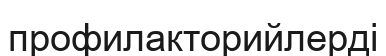
профилакторийлерді